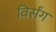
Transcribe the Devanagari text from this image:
विर्संग